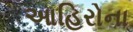
આહિરોના